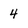
Character: 4